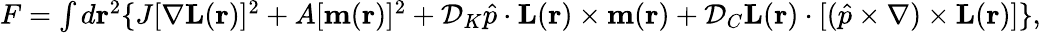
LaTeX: \begin{array}{r}{F=\int{d{\mathbf{r}}^{2}}\{ J[\nabla{\mathbf{L}}({\mathbf{r}})]^{2}+A[{\mathbf{m}}({\mathbf{r}})]^{2}+\mathcal{D}_{K}\hat{p}\cdot{\mathbf{L}}({\mathbf{r}})\times{\mathbf{m}}({\mathbf{r}})+\mathcal{D}_{C}{\mathbf{L}}({\mathbf{r}})\cdot[(\hat{p}\times{\mathbf{\nabla}})\times{\mathbf{L}}(\mathbf{r})]\} ,}\end{array}